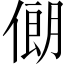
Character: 𱏃